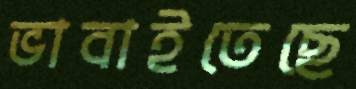
ভাবাইতেছে